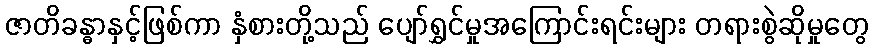
ဇာတိခန္ဓာနှင့်ဖြစ်ကာ နှံစားတို့သည် ပျော်ရွှင်မှုအကြောင်းရင်းများ တရားစွဲဆိုမှုတွေ